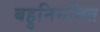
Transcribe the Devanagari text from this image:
बहुनिगमित